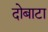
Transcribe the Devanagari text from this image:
दोबाटा